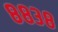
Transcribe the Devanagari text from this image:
८८३८